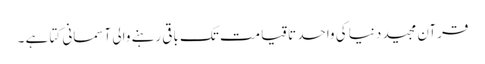
قرآن مجید دنیا کی واحد تاقیامت تک باقی رہنے والی آسمانی کتا ہے ۔